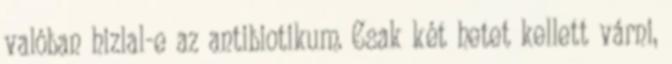
valóban hizlal-e az antibiotikum. Csak két hetet kellett várni,